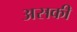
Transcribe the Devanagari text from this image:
असकी